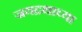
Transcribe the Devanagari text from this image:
जयद्रथाच्या